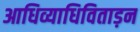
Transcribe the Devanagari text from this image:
आधिव्याधिविताड़न